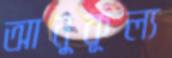
আনুকূল্য